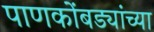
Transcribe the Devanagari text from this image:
पाणकोंबड्यांच्या